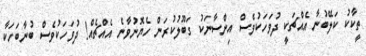
ތީކާކު ކަލޭބުނާ އެއްޗަކީ ދުވަހަކުވެސް އިންސާނަކު ގަބޫލުކުރަން ހެޔޮނުވާނެ އެއްޗެއް! ދުވަހަކުވެސް ބުނާބަހަކާ